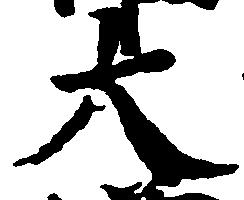
大